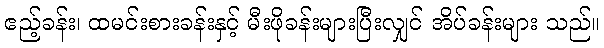
ဧည့်ခန်း၊ ထမင်းစားခန်းနှင့် မီးဖိုခန်းများပြီးလျှင် အိပ်ခန်းများ သည်။